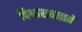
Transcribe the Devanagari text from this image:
विश्वासघातानें